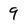
Character: 9